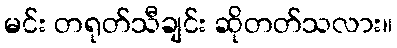
မင်း တရုတ်သီချင်း ဆိုတတ်သလား။